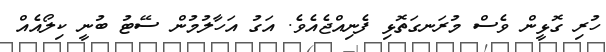
ހުރި ގޮޅީން ވެސް މުރަނގަތޮޅި ފެނިއްޖެއެވެ. އަގު އަހާލުމުން ސޭޓު ބުނީ ކިލޯއެއް